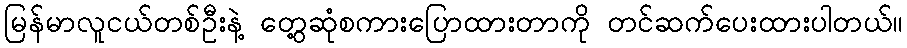
မြန်မာလူငယ်တစ်ဦးနဲ့ တွေ့ဆုံစကားပြောထားတာကို တင်ဆက်ပေးထားပါတယ်။